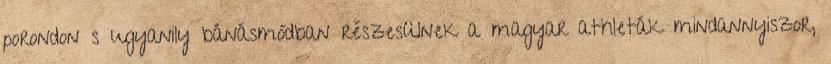
porondon s ugyanily bánásmódban részesülnek a magyar athleták mindannyiszor,